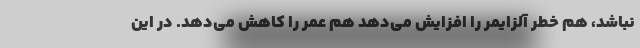
نباشد، هم خطر آلزایمر را افزایش می‌دهد هم عمر را کاهش می‌دهد. در این